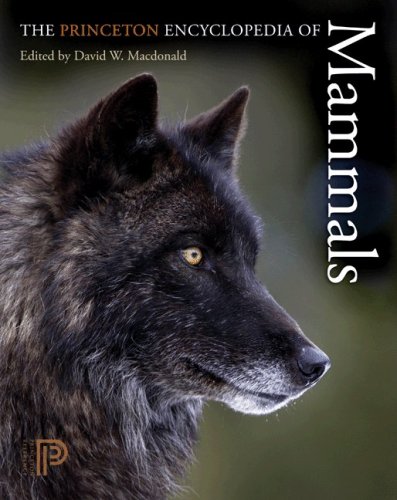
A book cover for The Princeton Encyclopedia of Mammals; Reference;